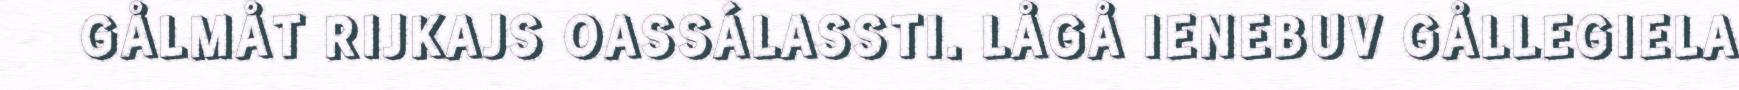
GÅLMÅT RIJKAJS OASSÁLASSTI. LÅGÅ IENEBUV GÅLLEGIELA